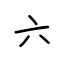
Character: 六